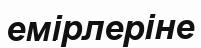
емірлеріне